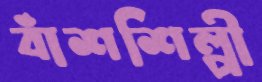
বাঁশশিল্পী